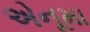
એનૂમા